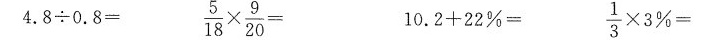
$$4 . 8 \div 0 . 8 =$$ $$\frac { 5 } { 18 } \times \frac { 9 } { 20 } =$$ $$1 0 . 2 + 2 2 % =$$ $$\frac { 1 } { 3 } \times 3 % =$$